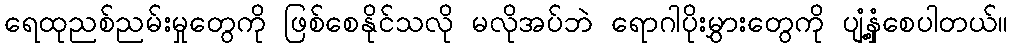
ရေထုညစ်ညမ်းမှုတွေကို ဖြစ်စေနိုင်သလို မလိုအပ်ဘဲ ရောဂါပိုးမွှားတွေကို ပျံ့နှံ့စေပါတယ်။